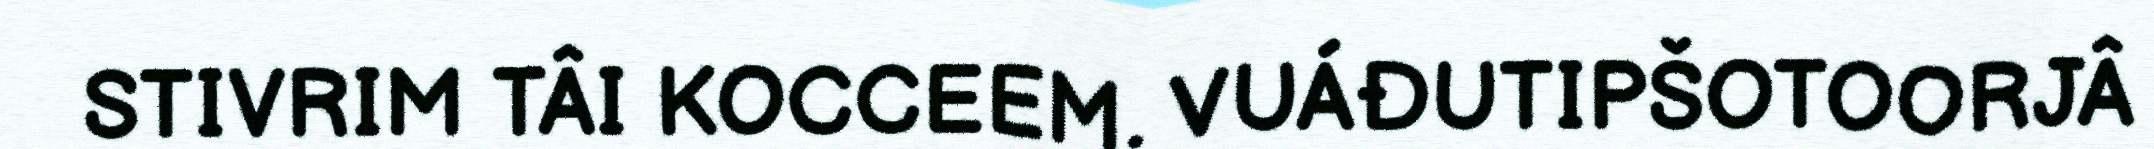
STIVRIM TÂI KOCCEEM. VUÁĐUTIPŠOTOORJÂ